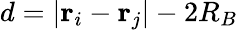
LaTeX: d=\vert\mathbf{r}_{i}-\mathbf{r}_{j}\vert-2R_{B}